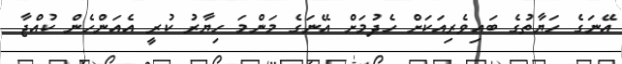
އޭނަގެ ހަޔާތުގެ ބައިވެރިއަކަށް ހެދުމަށް އޭނަގެ މަންމަ ހިޔާރު ކުރީ އެއަންހެން ކުއްޖާ